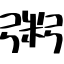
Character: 粥